Annual statistical returns and brief notes on vaccination in Bengal - 1909-1929
Year: 1909
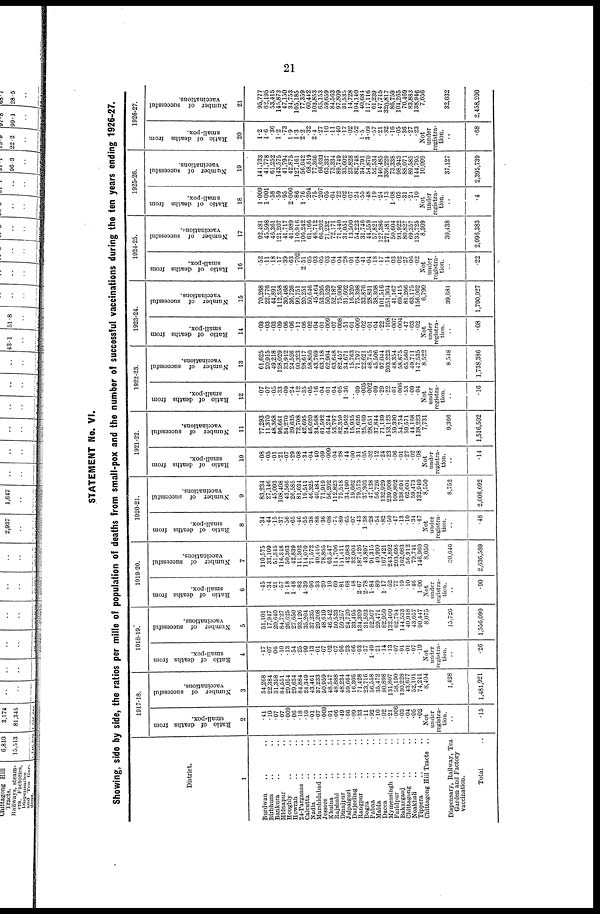
21
STATEMENT No. VI.
Showing, side by side, the ratios per mille of population of deaths from small-pox and the number of successful vaccinations during the ten years ending 1926-27.
District.
1
Burdwan .. ..
Birbhum .. ..
Bankura .. ..
Midnapur .. ..
Hooghly .. ..
Howrah .. ..
24-Parganas .. ..
Calcutta .. ..
Nadia ..
Murshidabad ..
Jessore .. ..
Khulna .. ..
Rajshahi .. ..
Dinajpur .. ..
Jalpaiguri .. ..
Darjeeling .. ..
Rangpur .. ..
Bogra .. ..
Fabna .. ..
Malda .. ..
Dacca .. ..
Mymensingh ..
Faridpur .. ..
Bakarganj .. ..
Chittagong .. ..
Noakhali .. ..
Tippera .. ..
Chittagong Hill Tracts ..
Dispensary, Railway, Tea
Garden and Factory
vaccination.
Total
1917-18.
Ratio of deaths from
small-pox.
2
.41
.10
.07
.07
.009
.06
.18
.10
.01
.07
.009
.01
.06
.49
.66
.09
.33
11
.92
.10
.02
.21
.006
.03
.04
.05
.02
Not
under
registra-
tion.
..
.15
Number of successful
vaccinations.
3
54,268
22,384
31,358
84,551
29,054
29,634
84,884
24,349
43,461
37,233
50,959
48,547
48,888
48,234
59,664
16,305
71,428
23,716
56,558
35,472
80,898
131,807
58,190
130,228
43,677
52,101
74,241
8,404
1,428
1,481,921
1918-19.
Ratio of deaths from
small-pox.
4
.17
.07
06
.10
.13
.54
.25
.99
.13
.01
.07
.02
.07
.96
.23
.66
.93
.37
1.49
.21
.14
.13
.07
.01
.01
.07
.19
Not
under
registra-
tion.
..
.26
Number of successful
vaccinations.
5
51,101
17,947
20,640
84,727
26,625
27,650
93,126
35,204
37,235
29,208
48,619
46,542
50,533
59,257
24,720
33,495
134,399
31,593
52,507
29,471
82,950
132,400
62,794
144,33
40,918
43,657
90,447
8,075
15,726
1,556,099
1919-20.
Ratio of deaths from
small-pox.
6
.45
.34
.21
.57
118
1.48
.82
4.39
.96
.33
.20
.10
.69
.81
.68
.48
2.67
2.78
1.84
.89
1.17
.52
.77
.19
.10
.46
1.06
Not
under
registra-
tion.
.90
Number of successful
vaccinations.
7
110,575
33,109
51,345
116,348
50,363
42,839
111,302
114,070
71,572
40,410
78,865
63,547
114,706
111,411
42,083
32,004
187,426
43,897
91,315
49,999
167,421
243,892
203,698
162,083
56,912
79,741
146,960
8,050
30,646
2,636,589
1920-21.
Ratio of deaths from
small-pox.
8
.34
.44
.15
.37
.56
.65
.46
.55
.38
.88
.36
.08
.74
.89
.65
.07
.43
1.38
.28
.54
.82
.50
.47
.13
.10
.34
.47
Not
under
registra-
tion.
..
.48
Number of successful
vaccinations.
9
83,234
27,146
45,093
108,408
43,566
26,585
81,634
19,511
46,325
40,484
71,919
56,202
112,823
75,518
34,190
19,662
79,573
37,303
47,138
56,726
132,929
239,908
109,802
138,694
62,604
59,473
132,940
8,550
8,752
2,006,692
1921-22.
Ratio of deaths from
small-pox.
10
.08
.05
.01
.21
.07
.29
.08
.34
.04
.40
.09
.009
.04
.28
.44
.00
.31
.05
.02
.12
.24
.23
.06
.01
.27
.02
.08
Not
under
registra-
tion.
..
.14
Number of successful
vaccinations.
11
77,293
11,370
48,368
96,661
34,270
29,635
72,708
42,695
46,020
34,568
61,592
64,244
53,797
82,359
24,962
15,935
31,626
25,169
28,651
37,844
71,139
153,123
59,390
54,754
59,571
44,168
138,223
7,731
9,366
1,516,502
1922-23.
Ratio of deaths from
small-pox.
12
.07
.07
.05
.33
.09
.24
.12
.35
.05
16
.04
01
.04
.05
1.36
..
.09
.005
.002
.09
.29
.22
.01
.006
.53
.09
.04
Not
under
registra-
tion.
..
.16
Number of successful
vaccinations.
13
61,625
20,915
49,218
128,029
33,912
24,526
90,323
28,617
58,850
43,769
63,118
62,904
63,648
82,457
34,671
15,763
71,797
22,621
48,745
45,506
97,044
203.223
48,354
58,875
65,560
49,711
147,535
8,522
8,548
1,738,386
1923-24.
Ratio of deaths from
small-pox.
14
.09
.03
.03
.09
.06
.06
.11
.06
.02
.04
.01
.009
.07
.008
.51
.01
.009
.02
.01
.04
.22
.108
.007
.004
.47
.03
.02
Not
under
registra-
tion.
..
.08
Number of successful
vaccinations.
15
70,268
22,776
44,891
112,358
30,468
36,726
99,751
20,251
50,646
45,464
53,295
50,529
52,187
75,006
31,602
16,320
75,398
33,876
28,831
38,308
101,516
251,904
41,167
69,415
81,266
63,175
156,062
6,790
39,681
1,790,927
1924-25.
Ratio of deaths from
small-pox.
16
.52
.11
.18
.17
.39
.63
.702
2.51
.05
.03
.05
03
.04
.04
.28
.01
.04
.41
.04
.18
.17
.14
03
.02
.27
.06
.02
Not
under
registra-
tion.
..
.22
Number of successful
vaccinations.
17
92,481
45,598
46,361
121,207
41,717
41,989
110,916
106,242
61,166
46,712
66,202
71,232
72,171
71,440
31,051
13,500
54,223
31,746
44,559
57,821
127,386
271,481
50,604
93,922
80,827
69,357
135,725
8,309
30,438
2,096,383
1925-26.
Ratio of deaths from
small-pox.
18
1.009
1.001
.58
.59
.95
2.006
.86
1.76
.204
.75
.207
.05
.04
.22
.02
.07
.24
.55
.48
.19
.24
.13
1.08
.03
.31
.24
.10
Not
under
registra-
tion.
..
.4
Number of successful
vaccinations.
19
141,733
41,778
61,252
143,575
41,794
42,875
127,161
56,042
68,619
77,366
66,033
63,337
73,334
89,749
33,602
23,828
82,748
34,791
54,870
52,534
140,485
336,229
73,338
98,943
88,071
89,585
144,795
10,099
37,127
2,395,739
1926-27.
Ratio of deaths from
small-pox.
20
1.2
1.6
.36
1.2
.73
1.9
1.3
2.2
.32
2.4
.27
.10
.11
.40
.17
.02
.52
1.5
3.09
.57
.21
.32
.16
.05
.36
.27
.23
Not
under
registra-
tion.
..
.68
Number of successful
vaccinations.
21
95,777
62,195
53,415
145,873
47,150
34,753
105,185
77,359
60,442
103,853
65,153
59,659
84,563
97,809
31,535
14,728
104,140
40,684
117,116
61,239
147,745
320,817
86,759
104,265
70,469
83,883
138,946
7,656
32,032
2,458,200